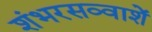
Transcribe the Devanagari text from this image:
शंभरसव्वाशें